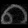
Digit: ၈